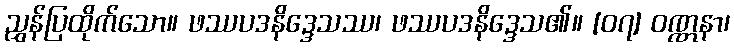
ညွှန်ပြထိုက်သော။ ဖဿပဒနိဒ္ဒေသဿ၊ ဖဿပဒနိဒ္ဒေသ၏။ [၀၇] ဝဏ္ဏနာ၊